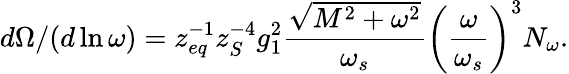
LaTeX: d\Omega/(d\ln\omega)=z_{eq}^{-1}z_{S}^{-4}g_{1}^{2}\frac{\sqrt{M^{2}+\omega^{2}}}{\omega_{s}}\left(\frac{\omega}{\omega_{s}}\right)^{3}N_{\omega}.